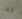
كلا